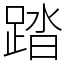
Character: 踏